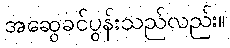
အဆွေခင်ပွန်းသည်လည်း။